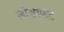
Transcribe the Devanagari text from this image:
जोसाफट